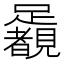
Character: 𨇛